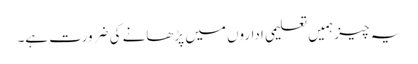
یہ چیز ہمیں تعلیمی اداروں میں پڑھانے کی ضرورت ہے۔